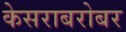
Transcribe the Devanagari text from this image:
केसराबरोबर